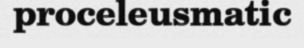
proceleusmatic